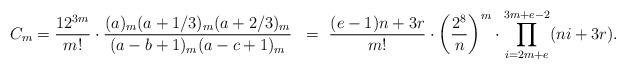
LaTeX: \begin{align*}C_m &= \frac{12^{3m}}{m!}\cdot\frac{(a)_m(a+1/3)_m(a+2/3)_m}{(a-b+1)_m(a-c+1)_m} &=\ \frac{(e-1)n+3r}{m!}\cdot\left(\frac{2^8}{n}\right)^m\cdot \prod_{i=2m+e}^{3m+e-2}(ni+3r).\end{align*}